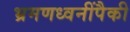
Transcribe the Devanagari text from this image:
भ्रमणध्वनींपैकी